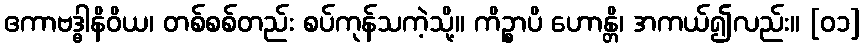
ဧကာဗဒ္ဓါနိဝိယ၊ တစ်စစ်တည်း စပ်ကုန်သကဲ့သို့။ ကိဉ္စာပိ ဟောန္တိ၊ အကယ်၍လည်း။ [၀၁]